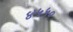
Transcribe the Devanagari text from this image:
४५५०